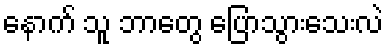
နောက် သူ ဘာတွေ ပြောသွားသေးလဲ